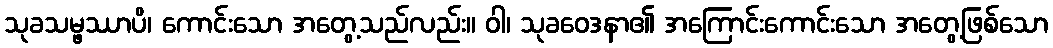
သုခသမ္ဖဿာပိ၊ ကောင်းသော အတွေ့သည်လည်း။ ဝါ၊ သုခဝေဒနာ၏ အကြောင်းကောင်းသော အတွေ့ဖြစ်သော